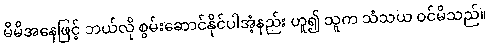
မိမိအနေဖြင့် ဘယ်လို စွမ်းဆောင်နိုင်ပါအံ့နည်း ဟူ၍ သူက သံသယ ဝင်မိသည်။